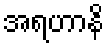
အရဟာနိ